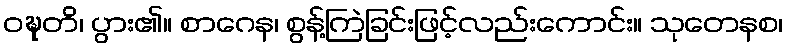
ဝဍ္ဎတိ၊ ပွား၏။ စာဂေန၊ စွန့်ကြဲခြင်းဖြင့်လည်းကောင်း။ သုတေနစ၊